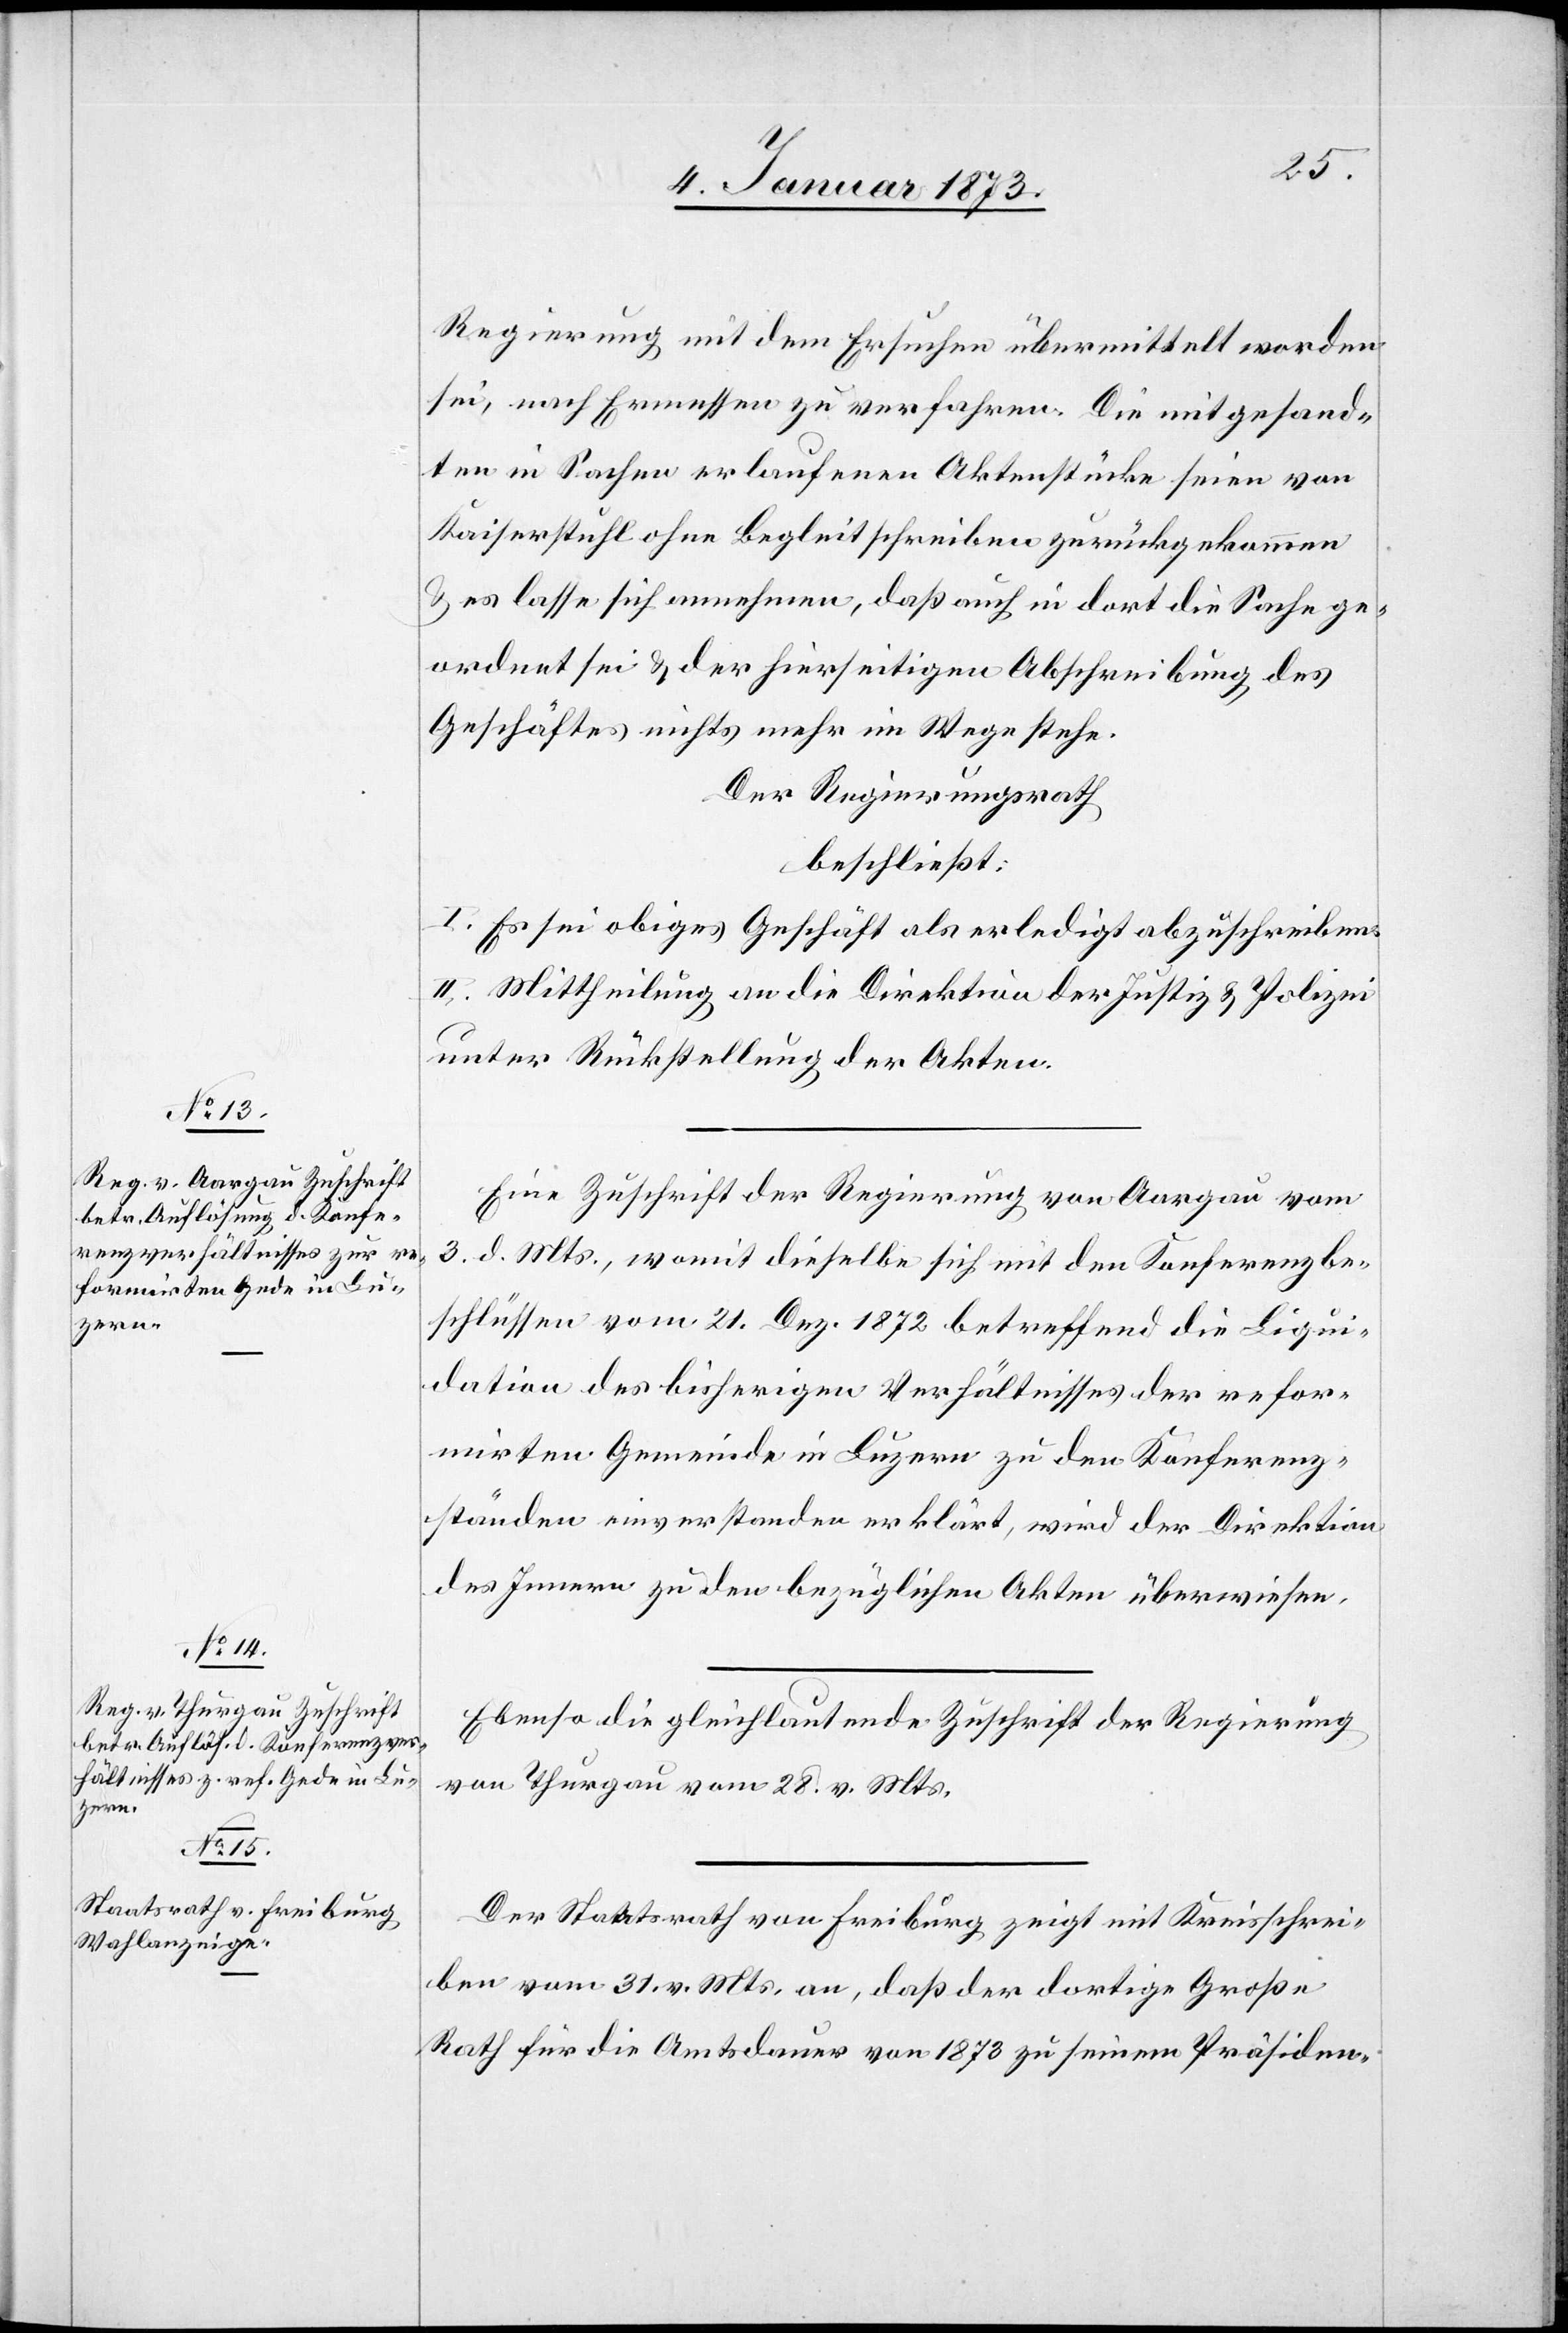
Regierung mit dem Ersuchen übermittelt worden
sei, nach Ermessen zu verfahren. Die mitgesand¬
ten in Sachen erlaufenen Aktenstücke seien von
Kaiserstuhl ohne Begleitschreiben zurückgekommen
& es lasse sich annehmen, daß auch in dort die Sache ge¬
ordnet sei & der hierseitigen Abschreibung des
Geschäftes nichts mehr im Wege stehe.
Der Regierungsrath
beschließt:
I. Es sei obiges Geschäft als erledigt abzuschreiben.
II. Mittheilung an die Direktion der Justiz & Polizei
unter Rückstellung der Akten.
Eine Zuschrift der Regierung von Aargau vom
3. d. Mts., womit dieselbe sich mit den Konferenzbe¬
schlüssen vom 21. Dez. 1872 betreffend die Liqui¬
dation des bisherigen Verhältnisses der refor¬
mirten Gemeinde in Luzern zu den Konferenz¬
ständen einverstanden erklärt, wird der Direktion
des Innern zu den bezüglichen Akten überwiesen.
Ebenso die gleichlautende Zuschrift der Regierung
von Thurgau vom 28. v. Mts.
Der Staatsrath von Freiburg zeigt mit Kreisschrei¬
ben vom 31. v. Mts. an, daß der dortige Große
Rath für die Amtsdauer von 1873 zu seinem Präsiden-